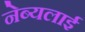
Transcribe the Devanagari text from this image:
नेब्यलाई